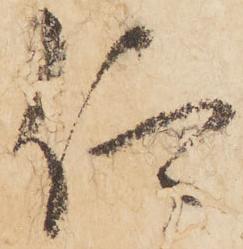
仰